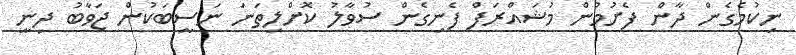
ނިކުމެގެން ދާން ފެށުމުން މުޝައްރަފް ފެނިގެން ސުވާލު ކޮށްލިތަނަ ނަސީބަކުން ޖަވާބު ދިނީ